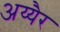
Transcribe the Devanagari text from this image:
अय्यैर